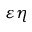
\varepsilon \eta